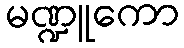
မဏ္ဍူကော